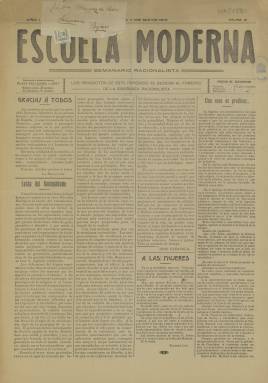
Título: Escuela moderna (Valencia)
Colección: Periódicos || Anarquismo || Educación
Ámbito geográfico: Valencia
Lugar de publicación: Valencia
Fechas: 07/05/1910-07/05/1910